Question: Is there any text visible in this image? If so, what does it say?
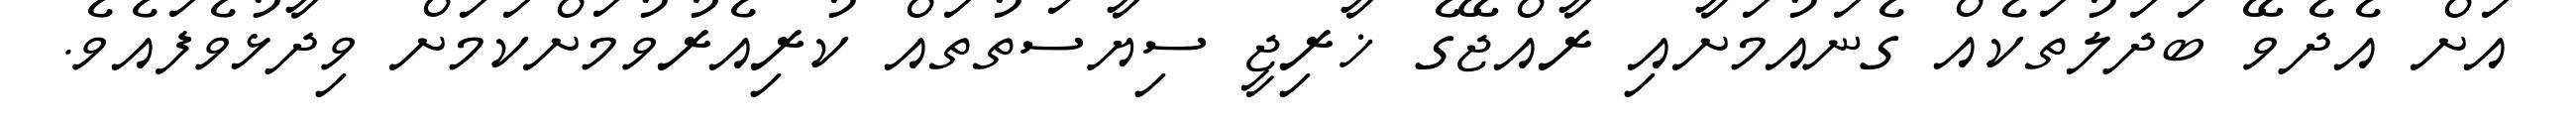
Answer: އަށް އެދެވޭ ބަދަލުތަކެއް ގެނައުމަށާއި ރާއްޖޭގެ ޚާރިޖީ ސިޔާސަތުތައް ކުރިއެރުވުމަށްކަމަށް ވިދާޅުވެފައެވެ.